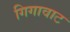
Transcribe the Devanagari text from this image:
गिगावाट